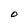
Character: O